Senior Leaving Certificate Examination (including Day School Certificate (Higher) General paper), 1946
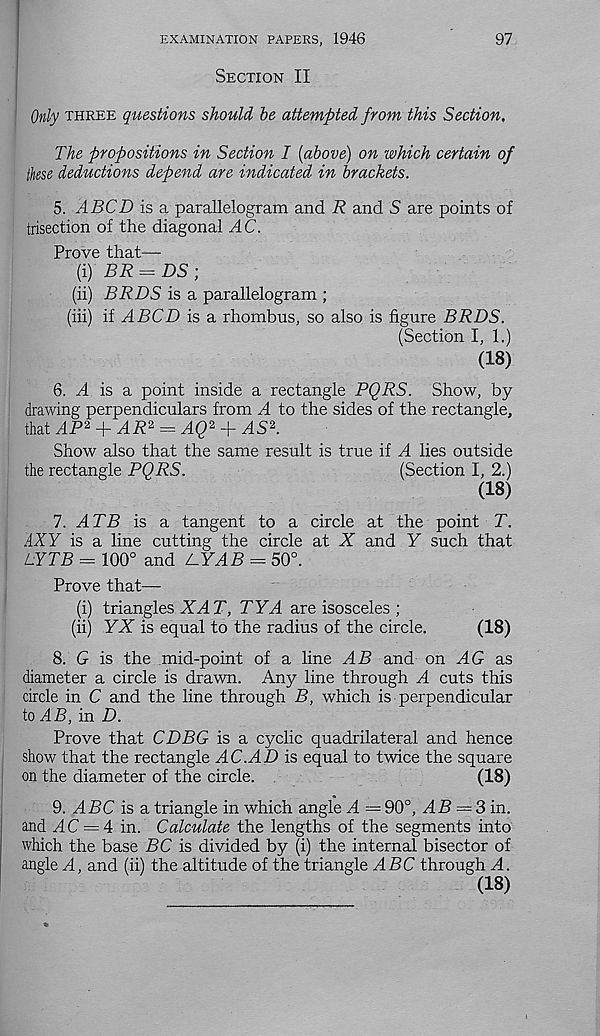
EXAMINATION PAPERS, 1946
97
Section II
Only three questions should be attempted from this Section,
The propositions in Section I [above) on which certain of
these deductions depend are indicated in brackets.
5. ABCD is a parallelogram and R and S are points of
trisection of the diagonal AC.
Prove that—
(i) BR = DS ;
(ii) BRDS is a parallelogram ;
(hi) if ABCD is a rhombus, so also is figure BRDS.
(Section I, 1.)
(18)
6. ^4 is a point inside a rectangle PQRS. Show, by
drawing perpendiculars from A to the sides of the rectangle,
that dP 2 + dP 2 = d<2 2 + AS 2 .
Show also that the same result is true if d lies outside
the rectangle PQRS.
(Section I, 2.)
(18)
1. ATB is a tangent to a circle at the point T.
AXY is a line cutting the circle at X and Y such that
LYTB - 100° and L.YAB - 50°.
Prove that—
(i) triangles XAT, TYA are isosceles ;
(ii) YX is equal to the radius of the circle.
(18)
8. G is the mid-point of a line AB and on AG as
diameter a circle is drawn. Any line through d cuts this
drcle in C and the line through B, which is perpendicular
to AB, in D.
Prove that CDBG is a cyclic quadrilateral and hence
show that the rectangle AC.AD is equal to twice the square
on the diameter of the circle.
(18)
9. dPC is a triangle in which angle d = 90°, dP = 3 in.
and dC = 4 in. Calculate the lengths of the segments into
which the base PC is divided by (i) the internal bisector of
angle d, and (ii) the altitude of the triangle ABC through A.
(18)